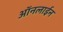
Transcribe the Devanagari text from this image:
आॅनलाईन